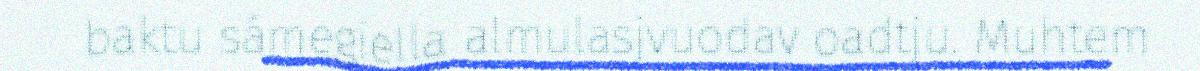
baktu sámegiella almulasjvuodav oadtju. Muhtem